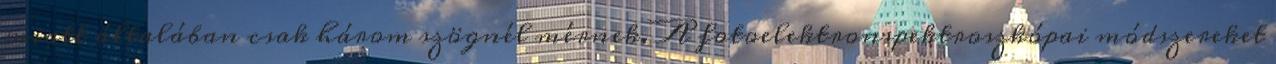
miatt általában csak három szögnél mérnek. A fotoelektronspektroszkópai módszereket